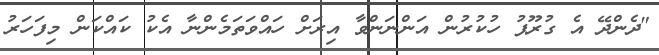
"ދެންދޭ އެ ގުރޫޕު ހުކުރުން އަންނަންވާ އިރަށް ހައްވަތަމެންނާ އެކު ކައްކަން މިފަހަރު